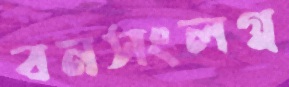
বনসংলগ্ন